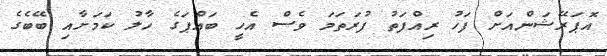
އޮޕަރޭޝަންއަށް ފަހު ރިއްފަތު ފުރަތަމަ ވެސް އެހީ ބައްޕަގެ ހާލު ކަމަށާއި ބޭބެގެ